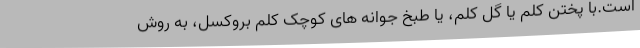
است.با پختن کلم یا گل کلم، یا طبخ جوانه های کوچک کلم بروکسل، به روش